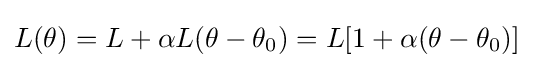
L(\theta )=L+\alpha L(\theta -\theta _{\text{0}})=L[1+\alpha (\theta -\theta _{\text{0}})]